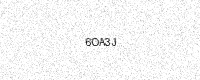
Text: 6OA3J